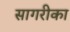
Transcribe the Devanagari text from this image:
सागरीका